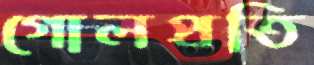
গোলপ্রতি